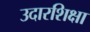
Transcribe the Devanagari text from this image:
उदारशिक्षा